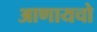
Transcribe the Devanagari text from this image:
आणायचो